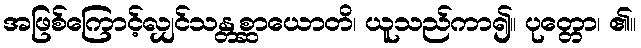
အဖြစ်ကြောင့်လျှင်သန္တစ္ဆာယောတိ၊ ယူသည်ကာ၍။ ပုတ္တော၊ ၏။